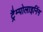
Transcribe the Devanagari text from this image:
ट्रैम्पोलाइनिंग